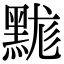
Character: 䵨